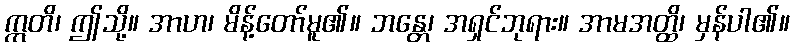
ဣတိ၊ ဤသို့။ အာဟ၊ မိန့်တော်မူ၏။ ဘန္တေ၊ အရှင်ဘုရား။ အာမအတ္ထိ၊ မှန်ပါ၏။